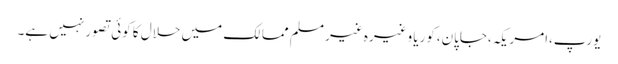
یورپ،امریکہ،جاپان،کوریا وغیرہ غیر مسلم ممالک میں حلال کا کوئی تصور نہیں ہے۔